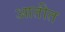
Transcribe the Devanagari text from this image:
आतीत